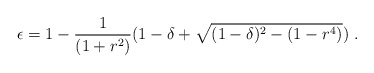
\begin{align*} \epsilon=1-\frac 1{(1+r^2)}(1-\delta+\sqrt{(1-\delta)^2-(1-r^4)})\ .\end{align*}